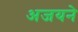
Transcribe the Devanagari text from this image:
अजयने